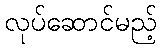
လုပ်ဆောင်မည့်